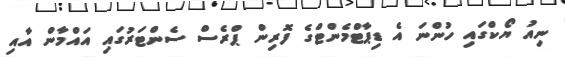
ނިއު ޔޯކްގައި ހުންނަ އެ ޑިޕާޓްމެންޓްގެ ފޮރިން ޕްރެސް ސެންޓަރުގައި އައްމާން އާއި